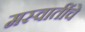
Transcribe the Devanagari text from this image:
मस्वातींचे